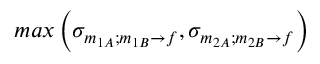
m a x \left( \sigma _ { m _ { 1 A } ; m _ { 1 B } \rightarrow f } , \sigma _ { m _ { 2 A } ; m _ { 2 B } \rightarrow f } \right)